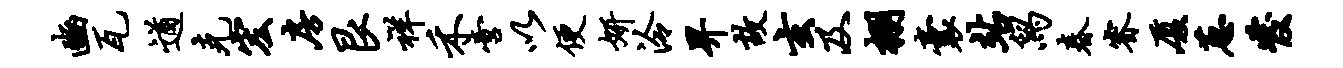
豳瓦遒克宏房艮祥禾啻以便妍泠畀故玄及棚囊站舄春睿厦葱发